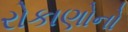
રોકાણોનો